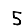
Digit: 5